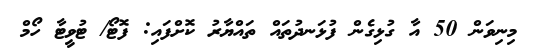
މިނިވަން 50 އާ ގުޅިގެން ފުޅަނދުތައް ތައްޔާރު ކޮށްފައި: ފޮޓޯ/ ޓުވީޓާ ހޯމް